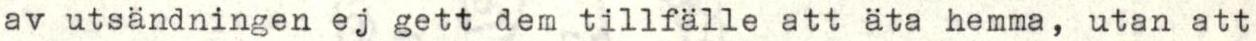
av utsändningen ej gett dem tillfälle att äta hemma, utan att